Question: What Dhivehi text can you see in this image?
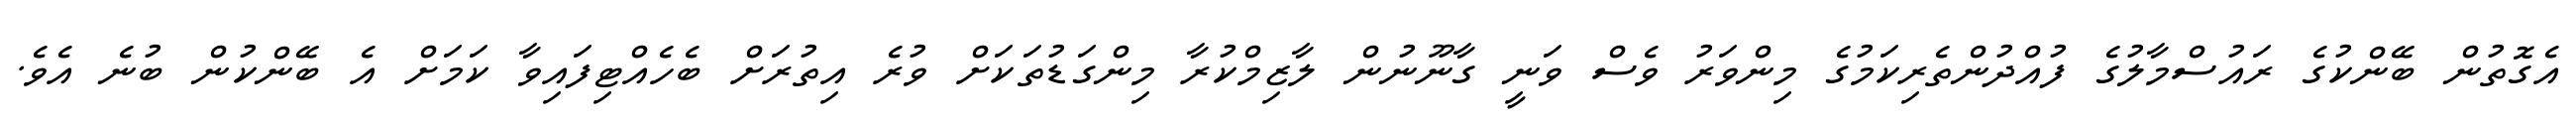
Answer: އެގޮތުން ބޭންކުގެ ރައުސްމާލުގެ ފުއްދުންތެރިކަމުގެ މިންވަރު ވެސް ވަނީ ގާނޫނުން ލާޒިމްކުރާ މިންގަޑުތަކަށް ވުރެ އިތުރަށް ބެހެއްޓިފައިވާ ކަމަށް އެ ބޭންކުން ބުނެ އެވެ.